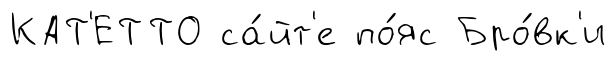
КАТ'ЕТТО са́йт'е по́яс Бро́вк'и